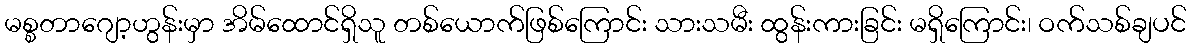
မစ္စတာဂျော့ဟွန်းမှာ အိမ်ထောင်ရှိသူ တစ်ယောက်ဖြစ်ကြောင်း သားသမီး ထွန်းကားခြင်း မရှိကြောင်း၊ ဝက်သစ်ချပင်